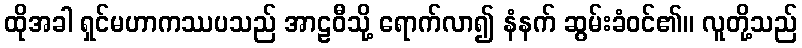
ထိုအခါ ရှင်မဟာကဿပသည် အာဠဝီသို့ ရောက်လာ၍ နံနက် ဆွမ်းခံဝင်၏။ လူတို့သည်